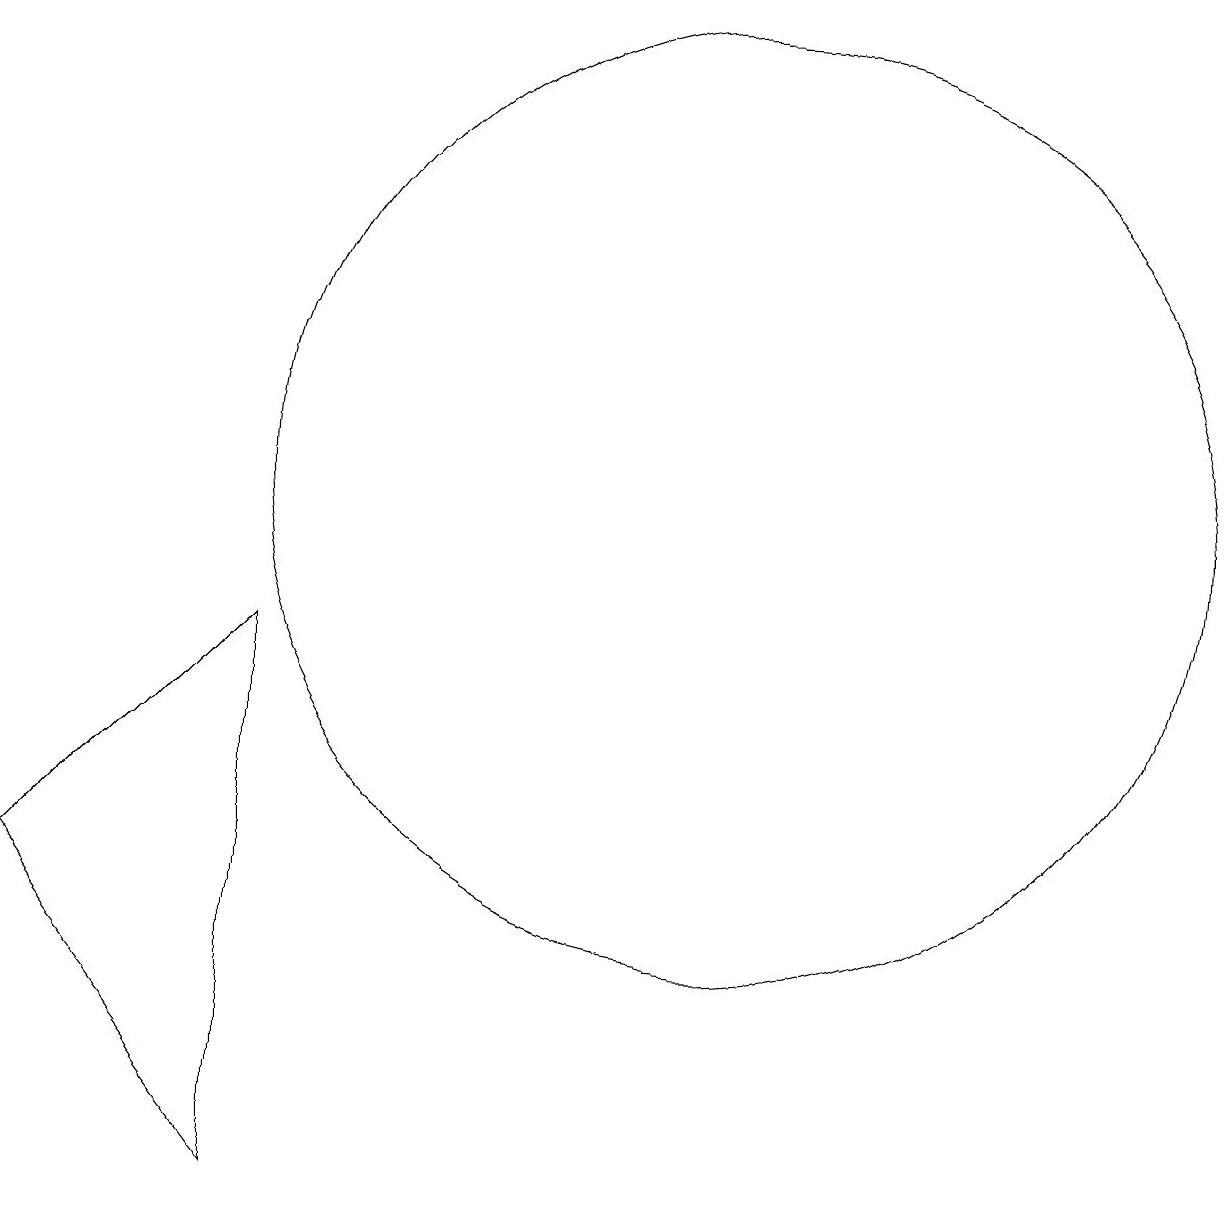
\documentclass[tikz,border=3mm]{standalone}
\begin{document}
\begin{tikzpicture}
\draw (5,1) -- (2,5) -- (5,8) -- cycle;
\draw (11,10) circle (6);
\draw (11,11) circle (0);
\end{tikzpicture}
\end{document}